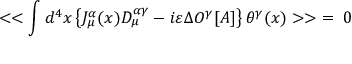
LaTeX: < < \int d ^ { 4 } x \left\{ J _ { \mu } ^ { \alpha } ( x ) D _ { \mu } ^ { \alpha \gamma } - i \varepsilon \Delta O ^ { \gamma } [ A ] \right\} \theta ^ { \gamma } ( x ) > > \; = \; 0